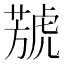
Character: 𦻮